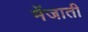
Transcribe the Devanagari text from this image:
मेंजाती